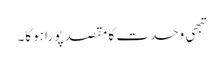
تبھی وحدت کا مقصد پورا ہوگا۔